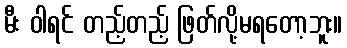
မီး ဝါရင် တည့်တည့် ဖြတ်လို့မရတော့ဘူး။